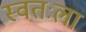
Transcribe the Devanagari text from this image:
स्‍वतःला